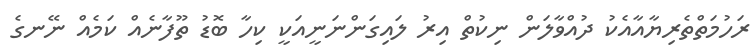
ރަހުމަތްތެރިޔާއާއެކު ދުއްވާލަން ނިކުތް އިރު ލައިގަންނަނީއަކީ ކިހާ ބޮޑު ތޫފާނެއް ކަމެއް ނޭނގެ